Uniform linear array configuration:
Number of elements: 4
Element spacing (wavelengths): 0.25
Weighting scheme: kaiser
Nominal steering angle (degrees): -60
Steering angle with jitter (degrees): -58.121
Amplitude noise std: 0.05
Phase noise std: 0.05

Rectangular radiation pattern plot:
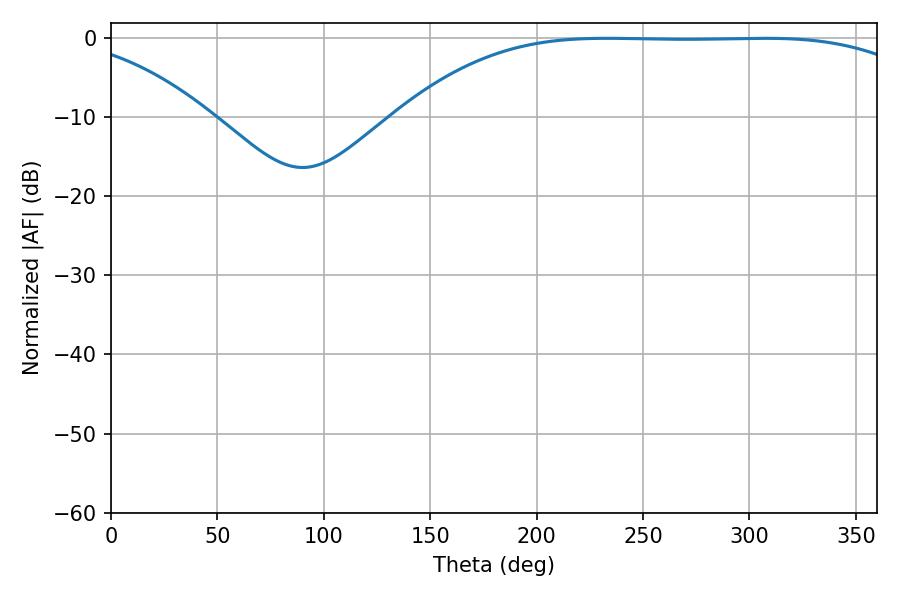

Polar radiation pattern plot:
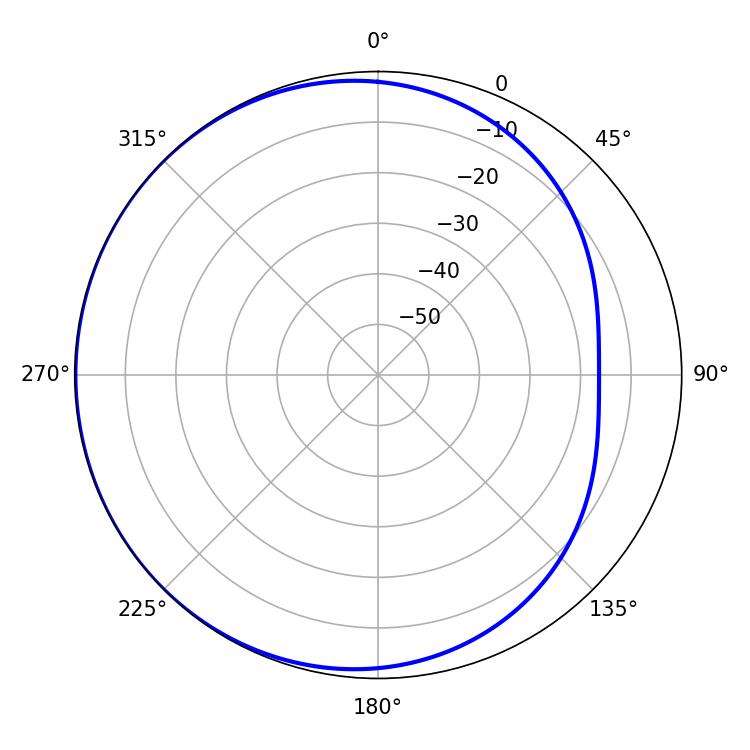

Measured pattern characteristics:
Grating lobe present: FALSE
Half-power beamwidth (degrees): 189
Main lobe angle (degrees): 233.1